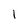
Character: 1